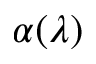
\alpha ( \lambda )